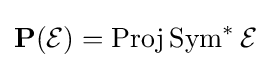
\mathbf {P} ({\mathcal {E}})=\operatorname {Proj} \operatorname {Sym} ^{*}{\mathcal {E}}